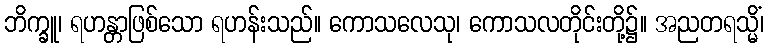
ဘိက္ခူ၊ ရဟန္တာဖြစ်သော ရဟန်းသည်။ ကောသလေသု၊ ကောသလတိုင်းတို့၌။ အညတရသ္မိံ၊